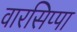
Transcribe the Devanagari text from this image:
वारसिप्पा